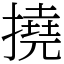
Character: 撓